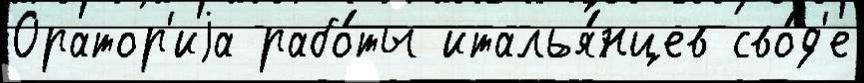
Оратор'иjа рабо́ты италья́нцев сво́д'е